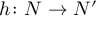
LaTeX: h \colon N \to N ^ { \prime }